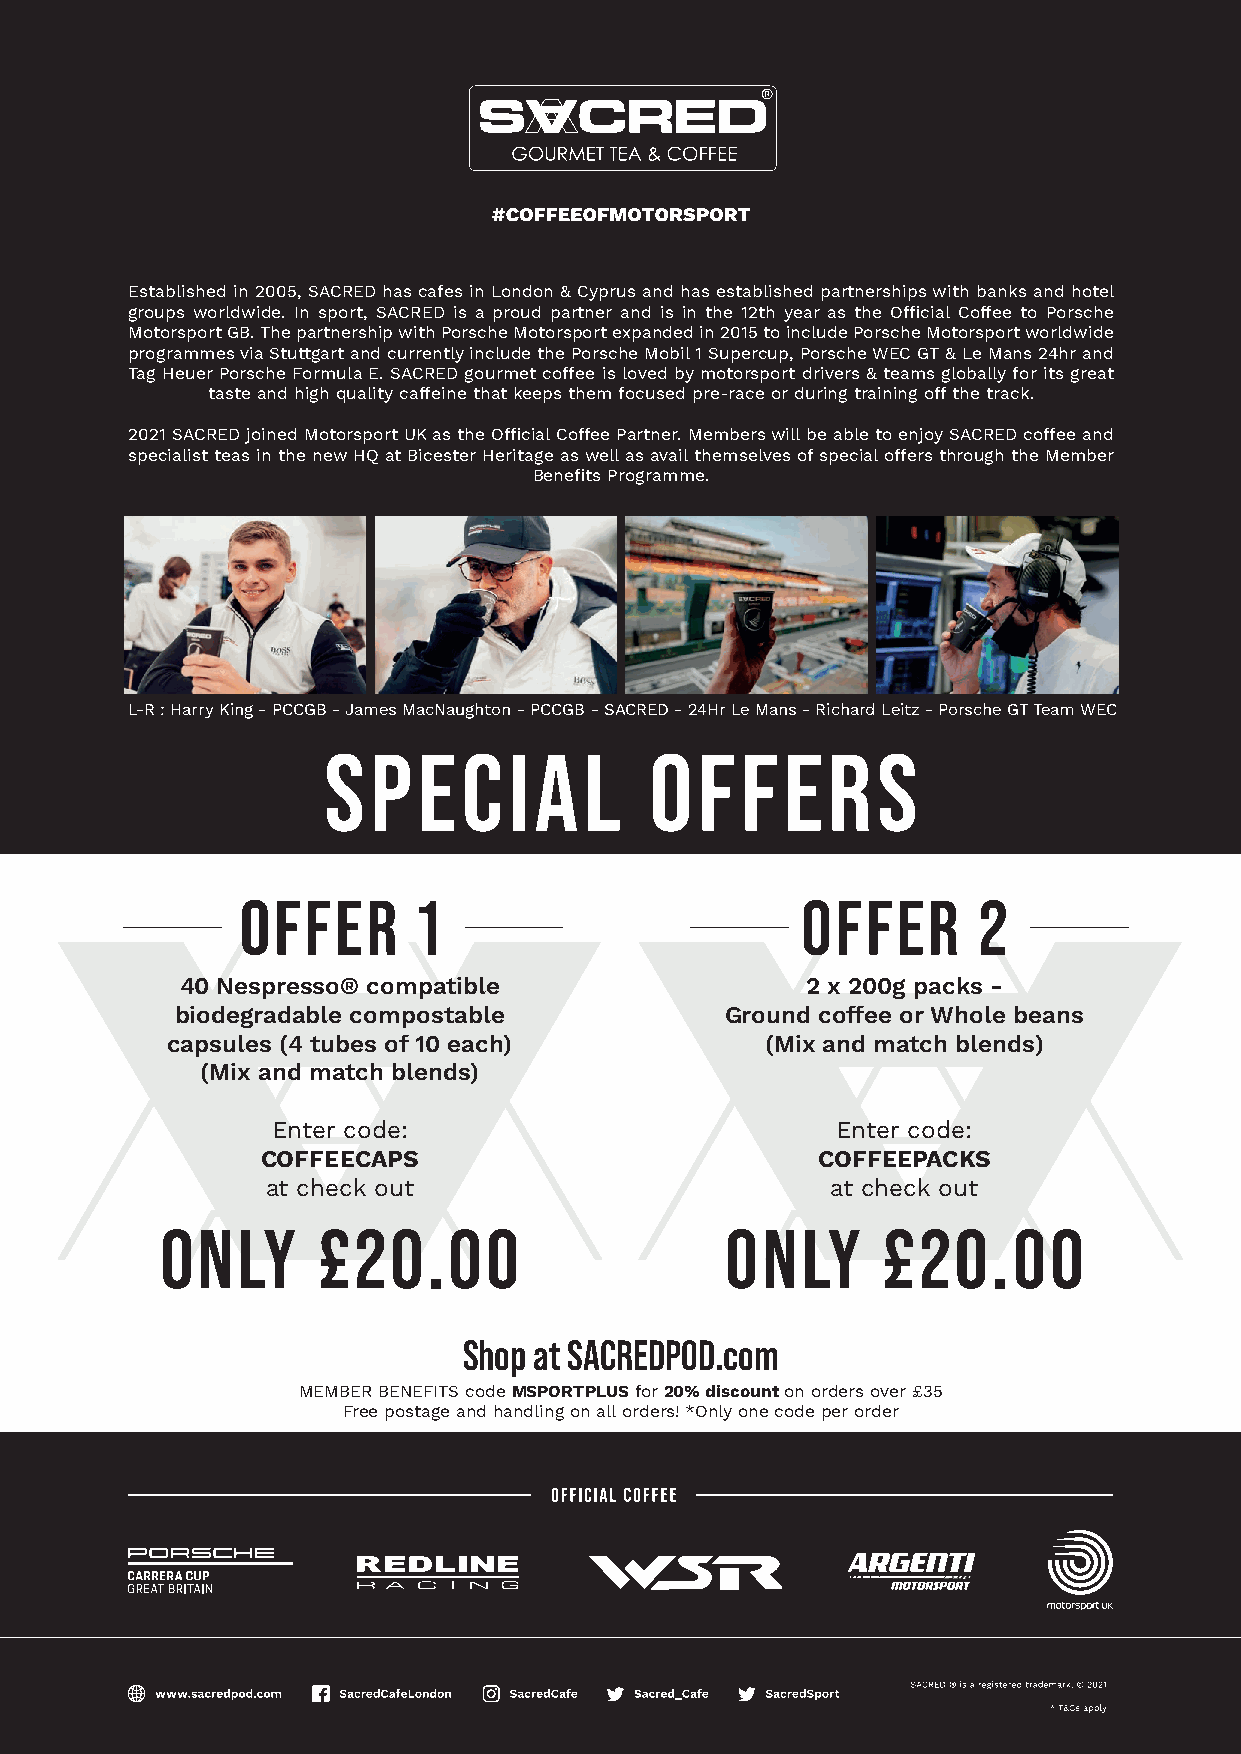
LATEST  NEWS
 Established in 2005, SACRED has cafes in London & Cyprus and has established partnerships with banks and hotel
 groups worldwide. In sport, SACRED is a proud partner and is in the 12th year as the Official Coffee to Porsche
 Motorsport GB. The partnership with Porsche Motorsport expanded in 2015 to include Porsche Motorsport worldwide
 programmes via Stuttgart and currently include the Porsche Mobil 1 Supercup, Porsche WEC GT & Le Mans 24hr and
 Tag Heuer Porsche Formula E. SACRED gourmet coffee is loved by motorsport drivers & teams globally for its great
 taste and high quality caffeine that keeps them focused pre-race or during training off the track.
 2021 SACRED joined Motorsport UK as the Official Coffee Partner. Members will be able to enjoy SACRED coffee and
 specialist teas in the new HQ at Bicester Heritage as well as avail themselves of special offers through the Member
 Benefits Programme.
 L-R : Harry King - PCCGB - James MacNaughton - PCCGB - SACRED - 24Hr Le Mans - Richard Leitz - Porsche GT Team WEC
 SPECIAL               OFFERS
 OFFER       1                        OFFER       2
 40 Nespresso®️ compatible                2 x 200g packs -
 biodegradable compostable           Ground coffee or Whole beans
 capsules (4 tubes of 10 each)           (Mix and match blends)
 (Mix and match blends)
 Enter code:                          Enter code:
 COFFEECAPS                           COFFEEPACKS
 at check out                         at check out
 ONLY      £20.00                     ONLY      £20.00
 Shop at SACREDPOD.com
 MEMBER BENEFITS code MSPORTPLUS for 20% discount on orders over £35
 Free postage and handling on all orders! *Only one code per order
 Revolution - December 2021
 21
 SSaaccrreedd SSppeecciiaall OOffffeerr AAddvveerrttoorriiaall 887744..888899 mmmm xx 11223377..554444 mmmm..iinndddd 11 0011//0099//22002211 0077::3399